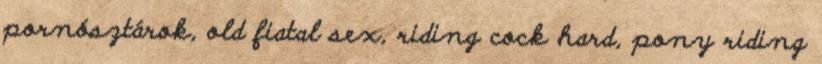
pornósztárok, old fiatal sex, riding cock hard, pony riding